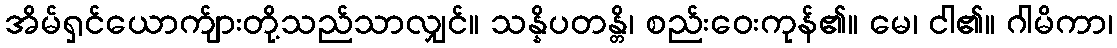
အိမ်ရှင်ယောက်ျားတို့သည်သာလျှင်။ သန္နိပတန္တိ၊ စည်းဝေးကုန်၏။ မေ၊ ငါ၏။ ဂါမိကာ၊